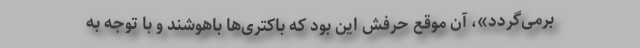
برمی‌گردد»، آن موقع حرفش این بود که باکتری‌ها باهوشند و با توجه به